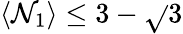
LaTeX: \langle\mathcal{N}_{1}\rangle\leq3-\sqrt{}{{3}}